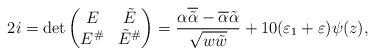
LaTeX: \begin{align*} 2i = \det \begin{pmatrix} E & \tilde{E} \\ E^{\#} & \tilde{E}^{\#} \end{pmatrix} = \frac{ \alpha \overline{ \tilde{\alpha } } - \overline{\alpha} \tilde{\alpha} }{\sqrt{w \tilde{w}} } + 10(\varepsilon_1 + \varepsilon)\psi(z),\end{align*}